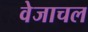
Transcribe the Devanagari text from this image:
वेजाचल